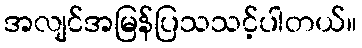
အလျင်အမြန်ပြသသင့်ပါတယ်။